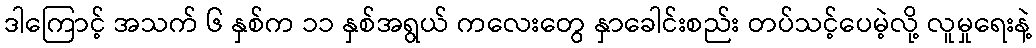
ဒါကြောင့် အသက် ၆ နှစ်က ၁၁ နှစ်အရွယ် ကလေးတွေ နှာခေါင်းစည်း တပ်သင့်ပေမဲ့လို့ လူမှုရေးနဲ့